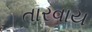
તારવાય